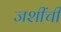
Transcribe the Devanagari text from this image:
जशींची